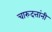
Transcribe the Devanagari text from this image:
चारुदत्तांनी